V__Kingissepa_nim__kolhoos, lk 46
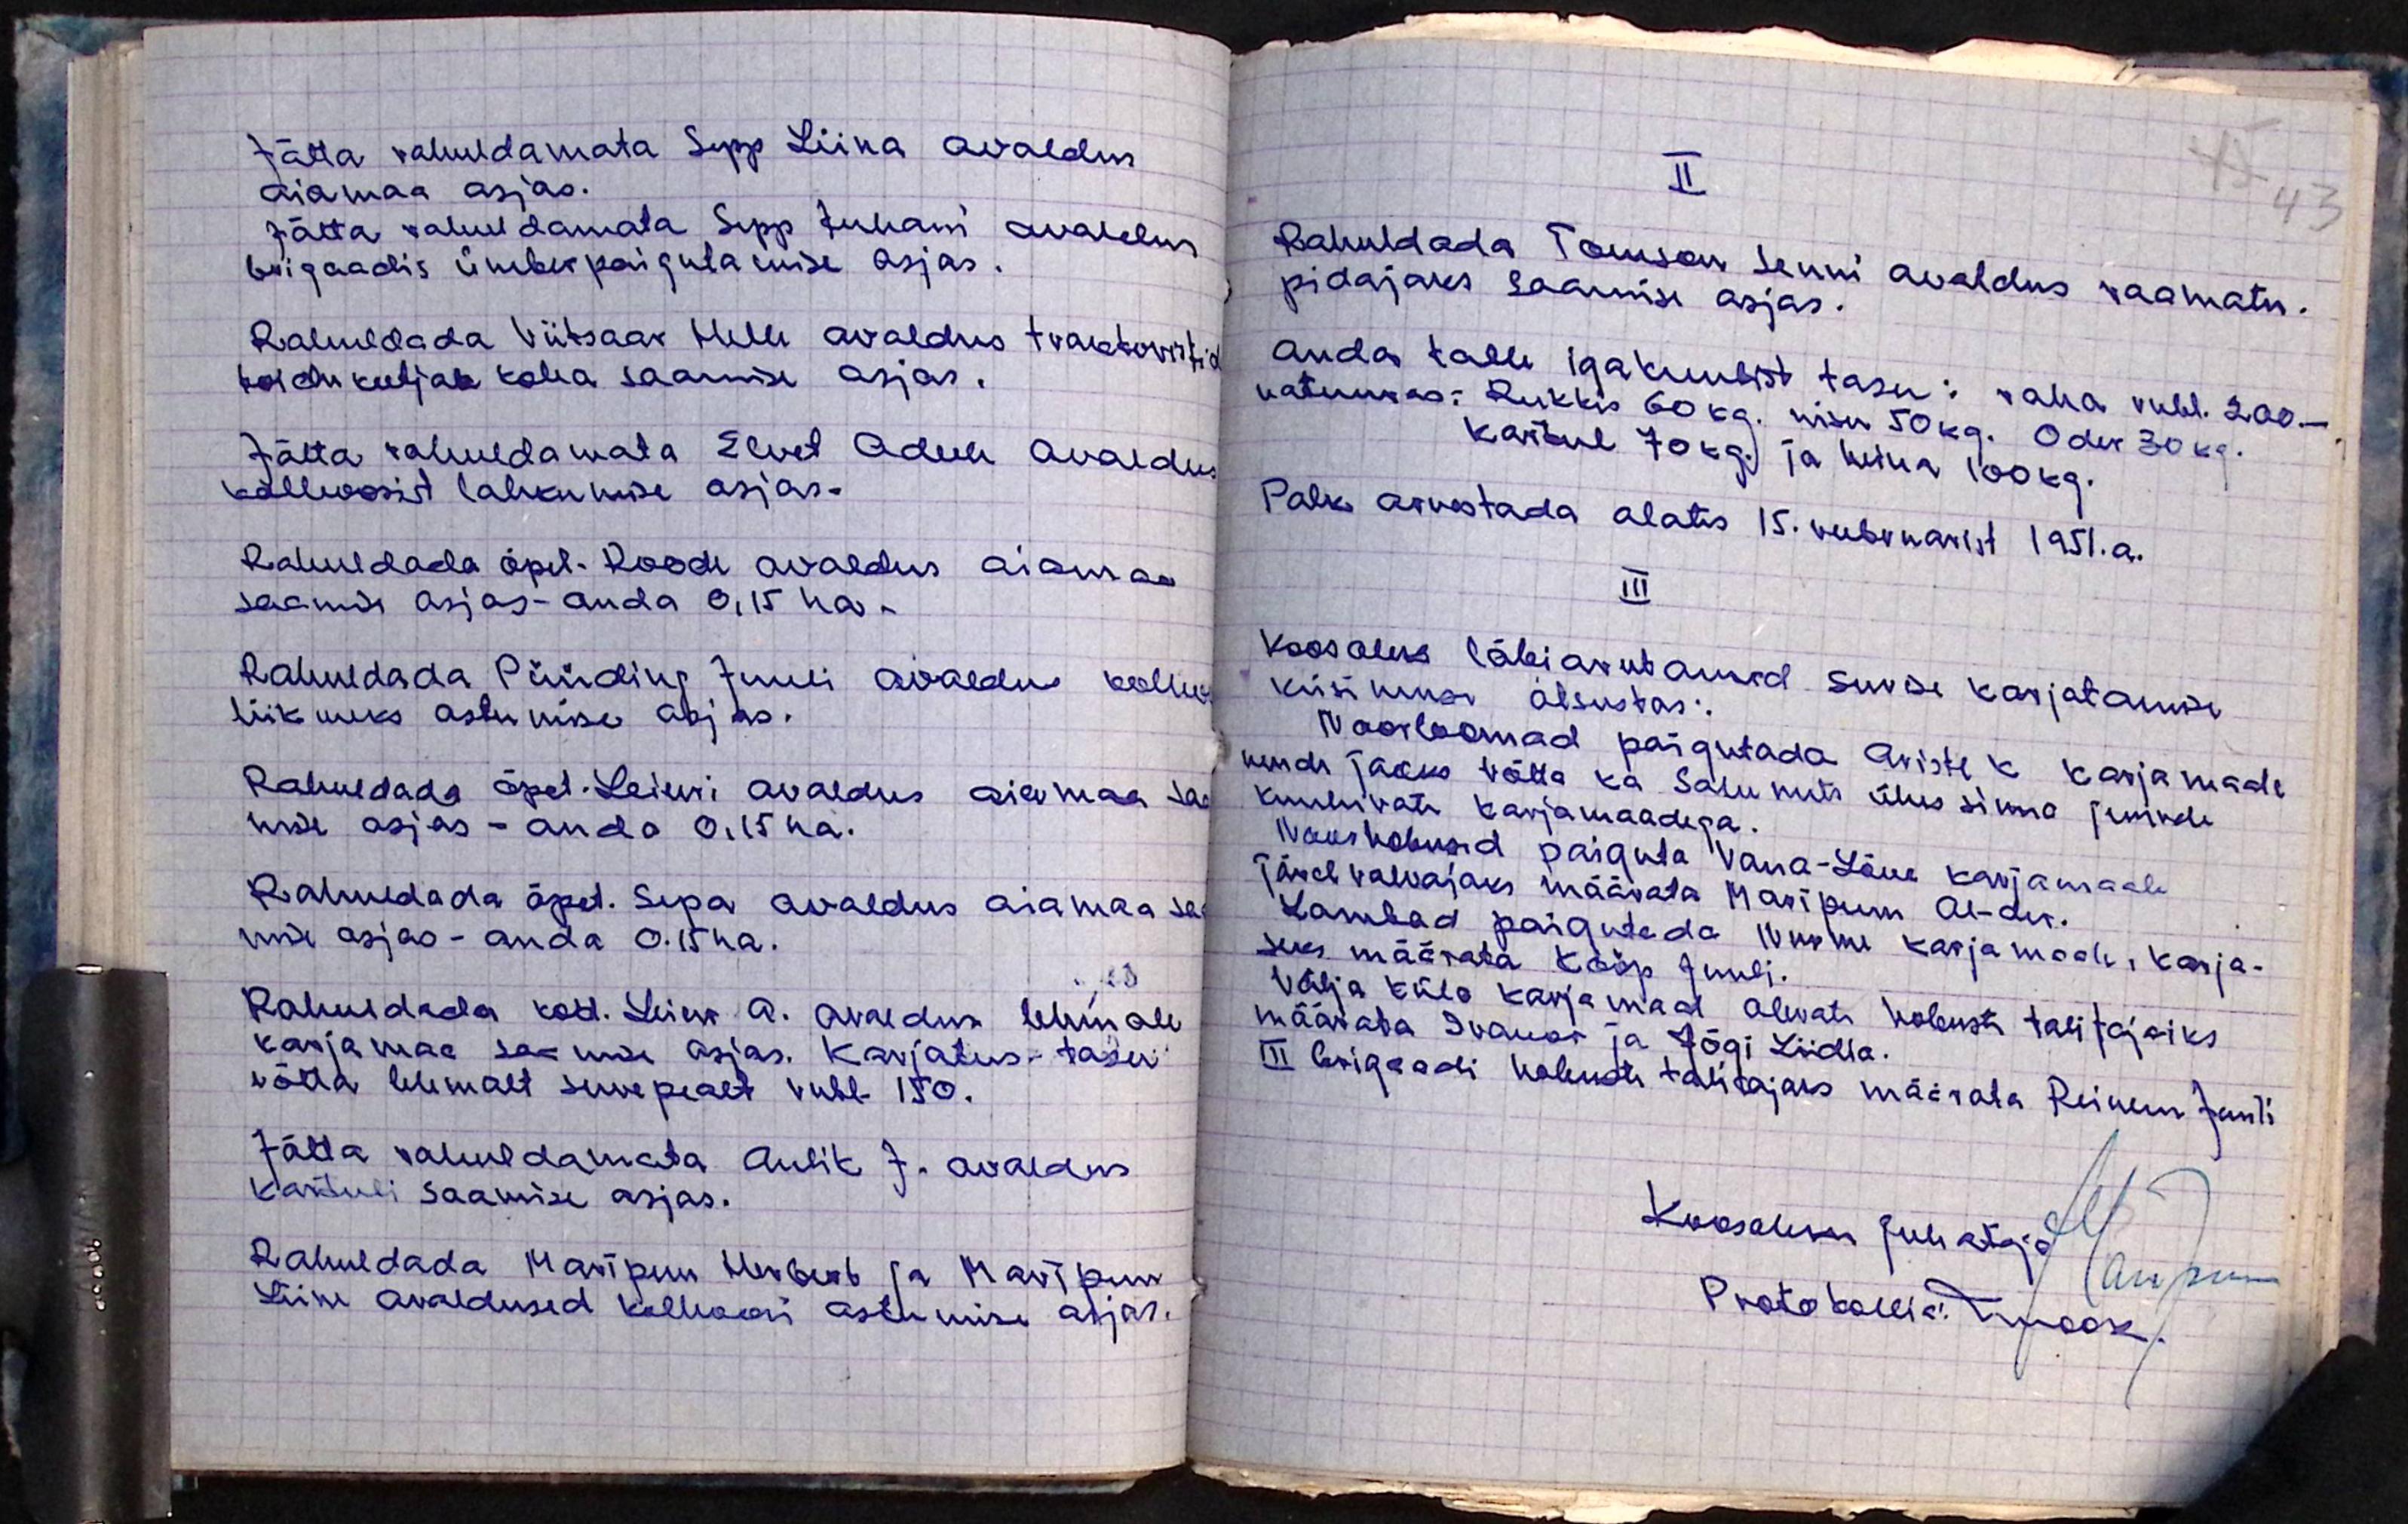
Jätta rahuldamata Sepp Liina avaldus
aiamaa asjas.
Jätta rahuldamata Sepp Juhani avaldus
brigaadis ümberpaigutamise asjas.
Rahuldada Viitsaar Helle avaldus traktoristid
toidukeetjate koha saamise asjas.
Jätta rahuldamata Elvet Adeele avaldu
kolhoosist lahkumise asjas.
Rahuldada õpet. Roode avaldus aiamaa
saamise asjas-anda 0,15 ha.
Rahuldada Püüding Juuli avaldus kolho
liikmeks astumise asjas.
Rahuldada õpet. Leieri avaldus aiamaa saa
mise asjas - anda 0,15 ha.
Rahuldada õpet. Sepa avaldus aiamaa saa
mise asjas - anda 0.15 ha.
Rahuldada kod. Leien A. avaldus lehmale
karjamaa saamise asjas. Karjatus-tasu
võtta lehmalt suve pealt rubl. 150.
Jätta rahuldamata Aulik J. avaldus
kartuli saamise asjas.
Rahuldada Maripuu Herbert ja Maripuu
Liine avaldused kolhoosi astumise asjas.

II
Rahuldada Tomson Jenni avaldus raamatu-
pidajaks saamise asjas.
Anda talle igakuulist tasu: raha rubl. 200-
natuuras: Rukkis 60 kg. nisu 50 kg. Oder 30 kg.
Kartul 70 kg. ja heina 100 kg.
Palk arvestada alates 15. veebruarist 1951.a.
III
Koosolek läbiarutanud suvise karjatamise
küsimuse otsustas:
Noorloomad paigutada Ariste k karjamaale
nende jaoks võtta ka Salumets ühes sinna juurde
kuuluvate karjamaadega.
Noorhobused paiguta Vana-Läne karjamaale
Järel valvajaks määrata Maripuu Al-der.
Lambad paigutada Nurme karjamaale, karja-
seks määrata Kööp Juuli.
Välja küla karjamaal olevate hobuste talitajaiks
määrata Ivanov ja Jõgi Liidia.
III brigaadi hobuste talitajaks määrata Reinem Juuli
Koosoleku juhataja
Maripuu
Protokollia: Mook.